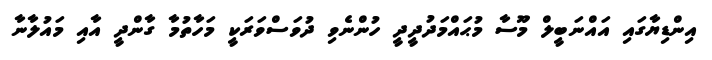
އިންޑިޔާގައި އައްނަބީލް މޫސާ މުޙައްމަދުދީދީ ހުންނެވި ދުވަސްވަރަކީ މަހާތުމާ ގާންދީ އާއި މައުލާނާ